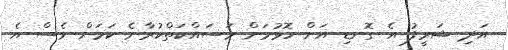
އަދި ޝަރީފު އެ ގޮނޑި އަށް ހޮވުމަށް މަސައްކަތްކުރާނެ ކަމަށް ވެސް އެ